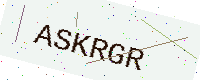
Text: ASKRGR